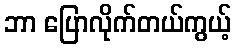
ဘာ ပြောလိုက်တယ်ကွယ့်